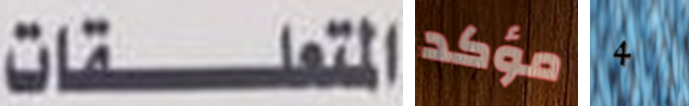
المتعلقات مؤكد 4